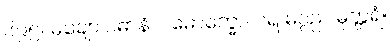
၆၉၅။ မုချော ပဓာနံ ပါမောက္ခော၊ ပရ မဂ္ဂည မုတ္တရံ။